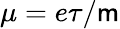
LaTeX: \mu=e\tau/\mathsf{m}